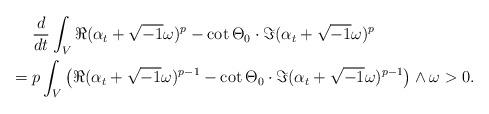
LaTeX: \begin{align*}& \frac{d}{dt}\int_{V}\Re(\alpha_{t}+\sqrt{-1}\omega)^{p}-\cot\Theta_{0}\cdot\Im(\alpha_{t}+\sqrt{-1}\omega)^{p} \\= {} & p\int_{V}\left(\Re(\alpha_{t}+\sqrt{-1}\omega)^{p-1}-\cot\Theta_{0}\cdot\Im(\alpha_{t}+\sqrt{-1}\omega)^{p-1}\right)\wedge \omega> 0.\end{align*}